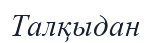
Талқыдан